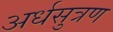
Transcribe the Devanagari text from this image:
अर्धसुत्रण